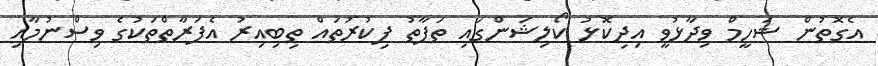
އެގޮތުން ޝަހީމް ވިދާޅުވީ އިދިކޮޅު ކޯލިޝަންގައި ތަފާތު ފިކުރުތައް ތިބިއިރު އެފަރާތްތަކުގެ ވިސްނުމާއި